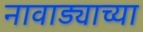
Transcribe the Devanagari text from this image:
नावाड्याच्या